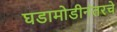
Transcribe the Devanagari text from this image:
घडामोडीनंतरचे